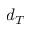
d _ { T }